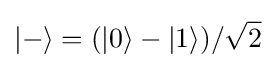
|-\rangle =(|0\rangle -|1\rangle )/{\sqrt {2}}